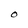
Character: O